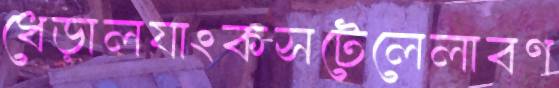
ধেড়ালযাংকসটেলেলাবণ